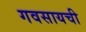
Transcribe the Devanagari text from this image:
गवसायची